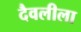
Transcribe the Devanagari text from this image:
दैवलीला